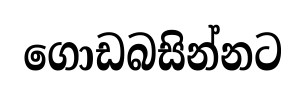
ගොඩබසින්නට